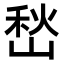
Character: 𭖽